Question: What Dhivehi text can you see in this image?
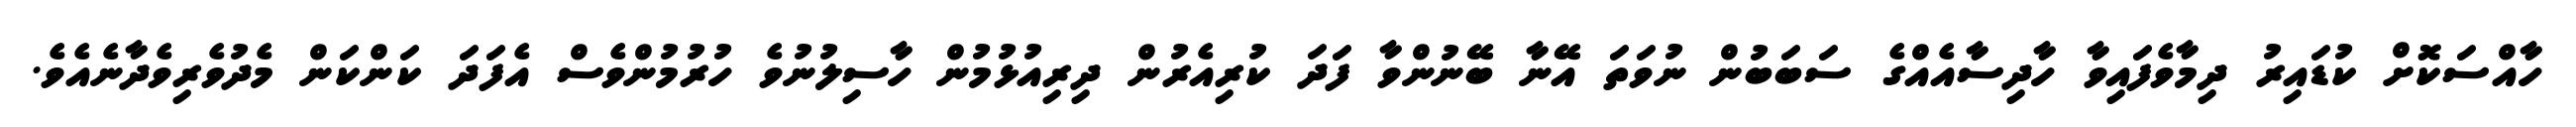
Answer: ހާއްސަކޮށް ކުޑައިރު ދިމާވެފައިވާ ހާދިސާއެއްގެ ސަބަބުން ނުވަތަ އޭނާ ބޭނުންވާ ފަދަ ކުރިއެރުން ދިރިއުޅުމުން ހާސިލުނުވެ ހުރުމުންވެސް އެފަދަ ކަންކަން މެދުވެރިވެދާނެއެވެ.